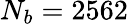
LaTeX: N_{b}=2562